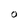
Character: O